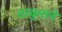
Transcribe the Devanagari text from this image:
ठाकुराने